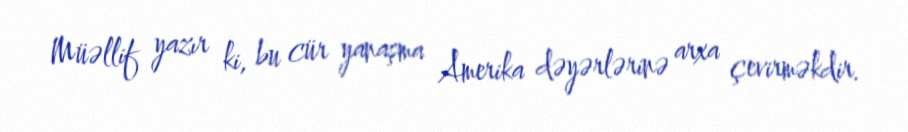
Müəllif yazır ki, bu cür yanaşma Amerika dəyərlərinə arxa çevirməkdir.